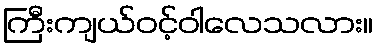
ကြီးကျယ်ဝင့်ဝါလေသလား။